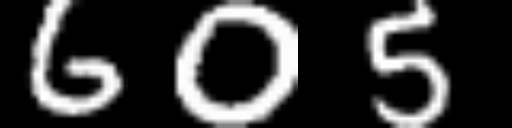
Text: 605